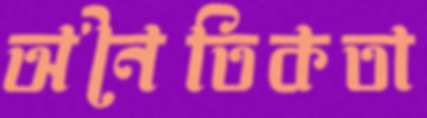
অনৈতিকতা